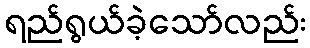
ရည်ရွယ်ခဲ့သော်လည်း